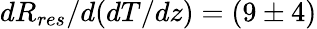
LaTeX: dR_{res}/d(dT/dz)=(9\pm 4)